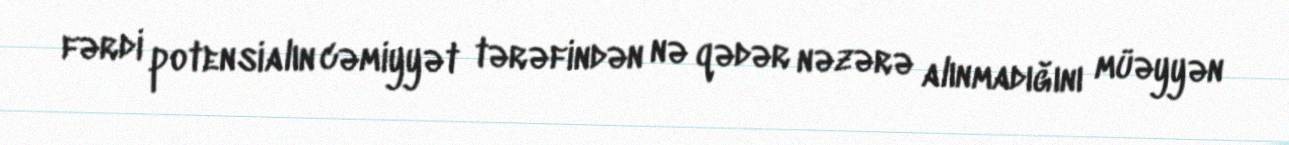
fərdi potensialın cəmiyyət tərəfindən nə qədər nəzərə alınmadığını müəyyən